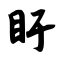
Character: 盱